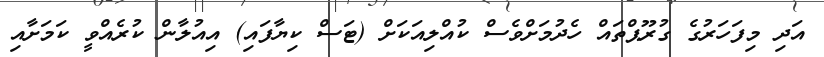
އަދި މިފަހަރުގެ ގުރޫޕްތައް ހެދުމަށްވެސް ކުއްލިއަކަށް (ޓަސް ކިޔާފައި) އިއުލާން ކުރެއްވީ ކަމަށާއި